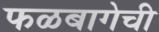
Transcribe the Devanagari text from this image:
फळबागेची